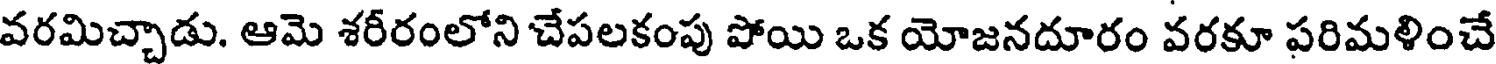
వరమిచ్చాడు. ఆమె శరీరంలోని చేపలకంపు పోయి ఒక యోజనదూరం వరకూ పరిమళించే